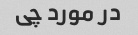
در مورد چی